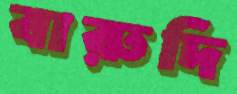
বারুদি